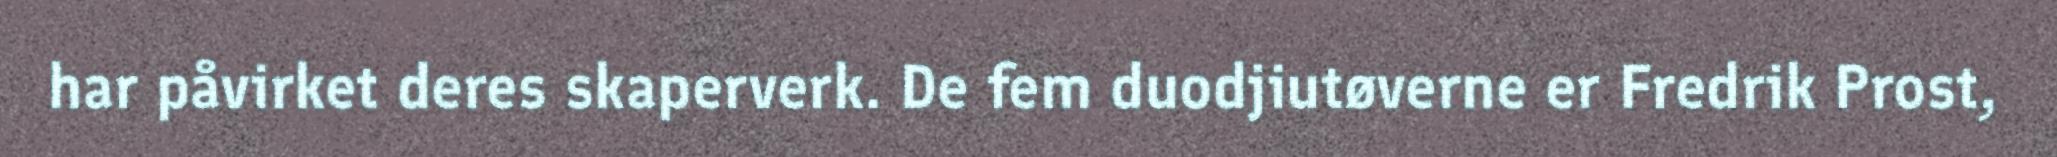
har påvirket deres skaperverk. De fem duodjiutøverne er Fredrik Prost,